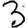
Digit: 3